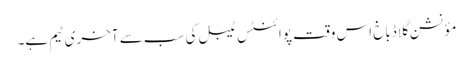
مؤنشن گلاڈباخ اس وقت پوائنٹس ٹیبل کی سب سے آخری ٹیم ہے۔